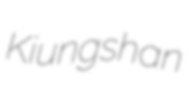
Kiungshan